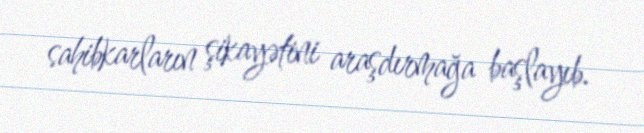
sahibkarların şikayətini araşdırmağa başlayıb.